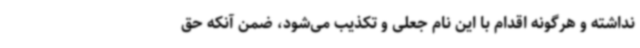
نداشته و هرگونه اقدام با این نام جعلی و تکذیب می‌شود، ضمن آنکه حق